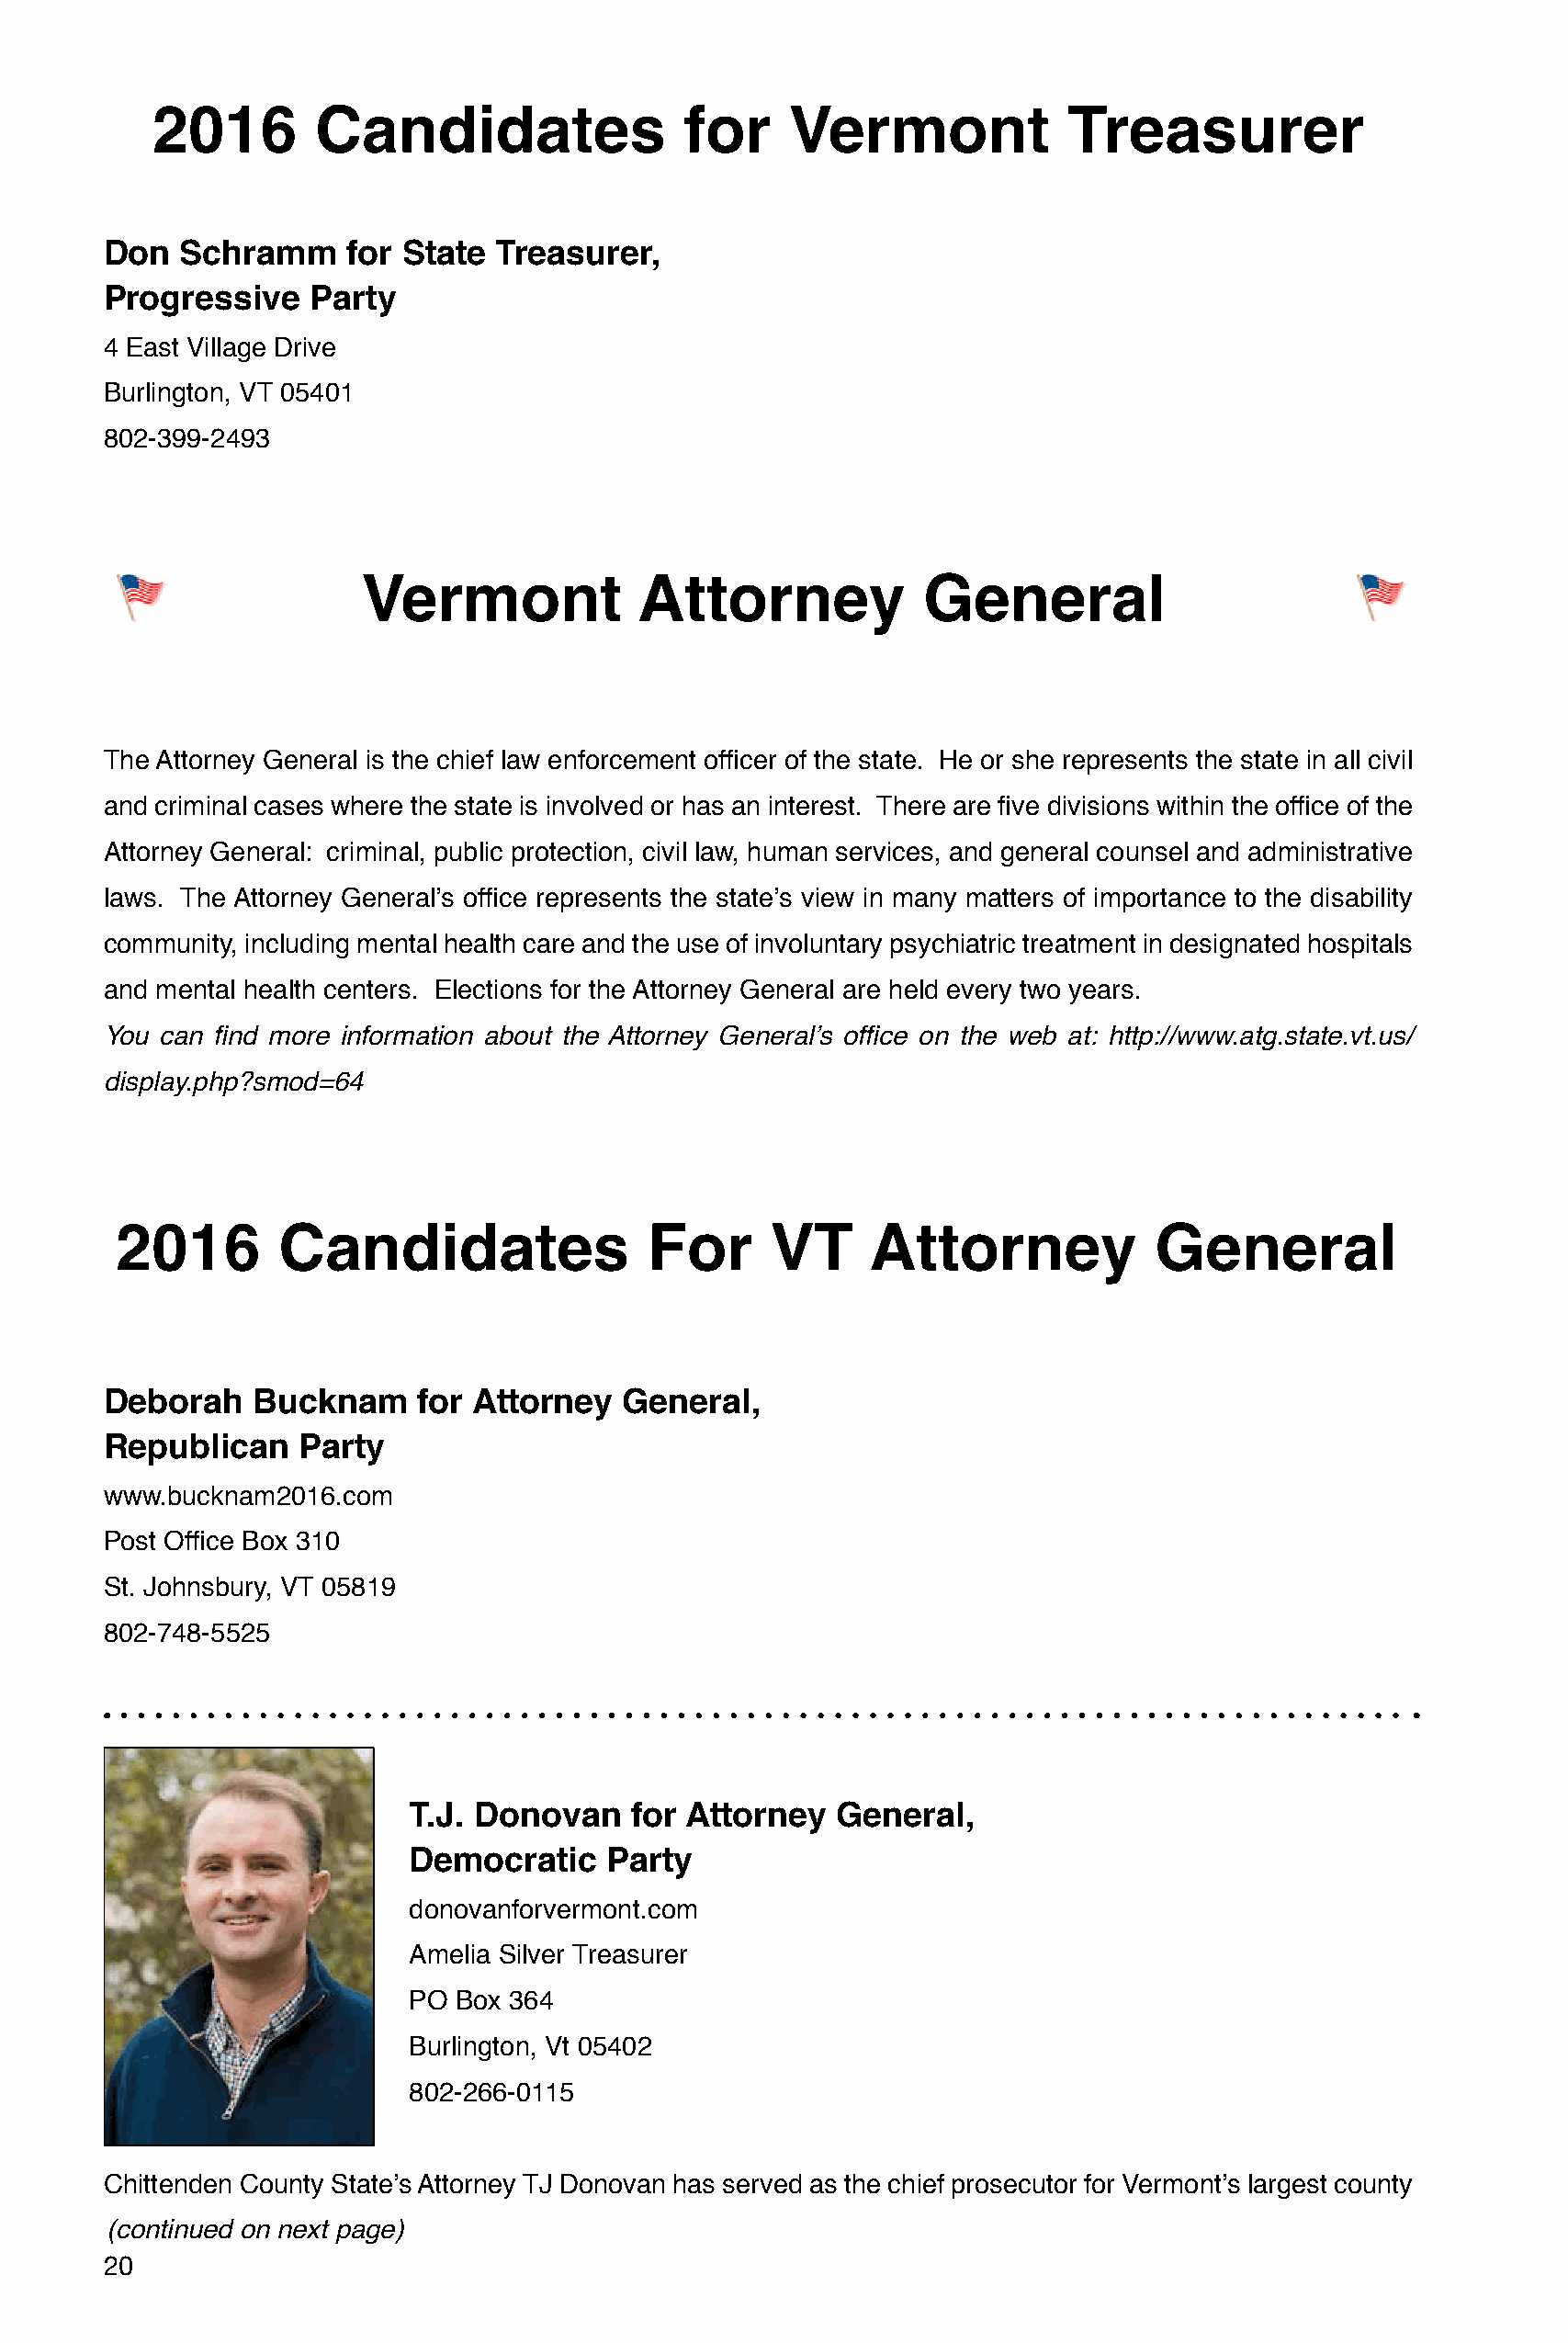
2016        Candidates                for     Vermont             Treasurer
 Don   Schramm     for State  Treasurer,
 Progressive    Party
 4 East Village Drive
 Burlington, VT 05401
 802-399-2493
 Vermont             Attorney             General
 The Attorney General is the chief law enforcement officer of the state. He or she represents the state in all civil
 and criminal cases where the state is involved or has an interest. There are five divisions within the office of the
 Attorney General: criminal, public protection, civil law, human services, and general counsel and administrative
 laws. The Attorney General’s office represents the state’s view in many matters of importance to the disability
 community, including mental health care and the use of involuntary psychiatric treatment in designated hospitals
 and mental health centers. Elections for the Attorney General are held every two years.
 You can find more information about the Attorney General’s office on the web at: http://www.atg.state.vt.us/
 display.php?smod=64
 2016        Candidates                 For      VT     Attorney            General
 Deborah    Bucknam     for Attorney   General,
 Republican     Party
 www.bucknam2016.com
 Post Office Box 310
 St. Johnsbury, VT 05819
 802-748-5525
 T.J. Donovan    for Attorney   General,
 Democratic     Party
 donovanforvermont.com
 Amelia Silver Treasurer
 PO  Box 364
 Burlington, Vt 05402
 802-266-0115
 Chittenden County State’s Attorney TJ Donovan has served as the chief prosecutor for Vermont’s largest county
 (continued on next page)
 20